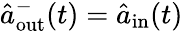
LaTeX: \hat{a}_{\mathrm{out}}^{-}(t)=\hat{a}_{\mathrm{in}}(t)